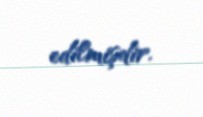
edilmişdir.